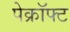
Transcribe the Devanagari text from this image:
पेक्रॉफ्ट